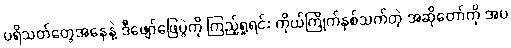
ပရိသတ်တွေအနေနဲ့ ဒီဖျော်ဖြေပွဲကို ကြည့်ရှုရင်း ကိုယ်ကြိုက်နှစ်သက်တဲ့ အဆိုတော်ကို အပ